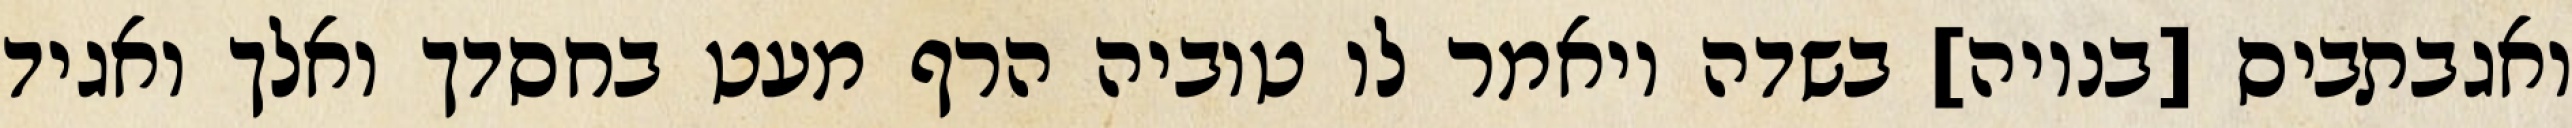
ואגבתביס [בנויה] בשדה ויאמר לו טוביה הרף מעט בחסדך ואלך ואגיד